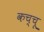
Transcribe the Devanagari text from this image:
कच्चू